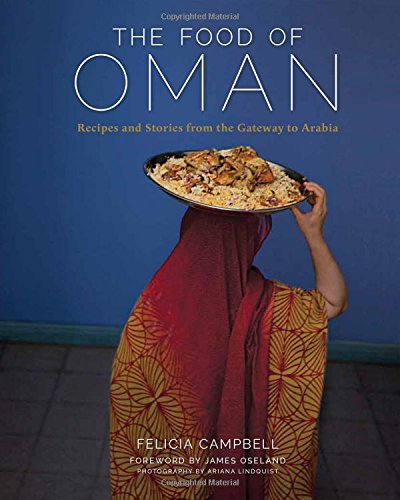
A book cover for The Food of Oman: Recipes and Stories from the Gateway to Arabia; Felicia Campbell; Cookbooks, Food & Wine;